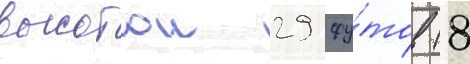
высотои 29 фу́тов (8